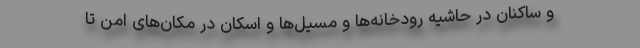
و ساکنان در حاشیه رودخانه‌ها و مسیل‌ها و اسکان در مکان‌های امن تا